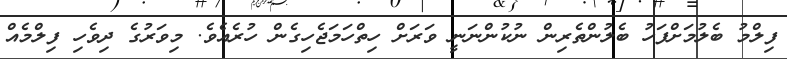
ފިލްމު ބެލުމަށްފަހު ބެލުންތެރިން ނުކުންނަނީ ވަރަށް ހިތްހަމަޖެހިގެން ހުރެއެވެ. މިވަރުގެ ދިވެހި ފިލްމެއް